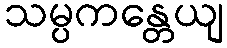
သမ္ပကန္တေယျ